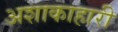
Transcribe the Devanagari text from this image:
अशाकाहारी